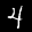
Label: 4